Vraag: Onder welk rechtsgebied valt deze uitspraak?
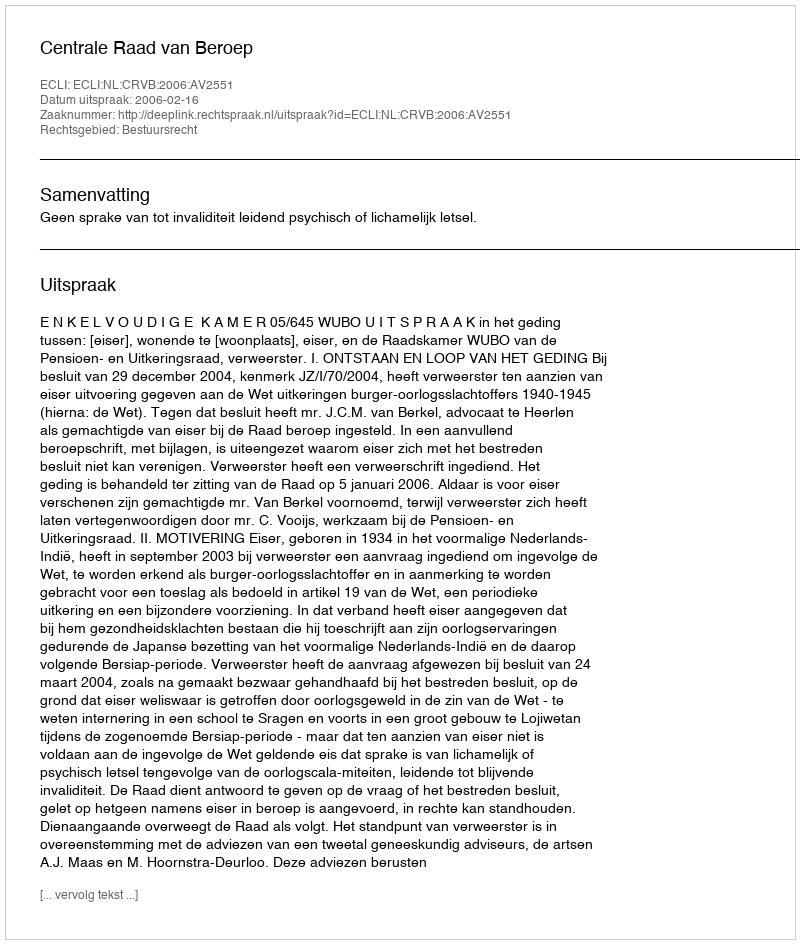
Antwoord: Bestuursrecht